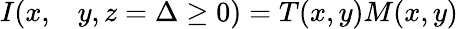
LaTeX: \begin{array}{rl}{I(x,}&{{}y,z=\Delta\ge 0)=T(x,y)M(x,y)}\end{array}